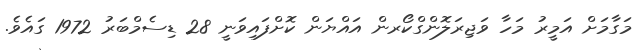
މަގާމަށް އަމީރު މަހާ ވަޖިރަލޮންގްކޯރން އައްޔަން ކޮށްފައިވަނީ 28 ޑިސެމްބަރު 1972 ގައެވެ.